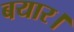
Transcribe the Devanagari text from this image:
बयार।